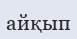
айқып